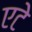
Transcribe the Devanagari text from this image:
एटे